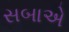
સબાએ